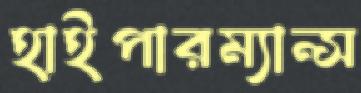
হাইপারম্যান্স